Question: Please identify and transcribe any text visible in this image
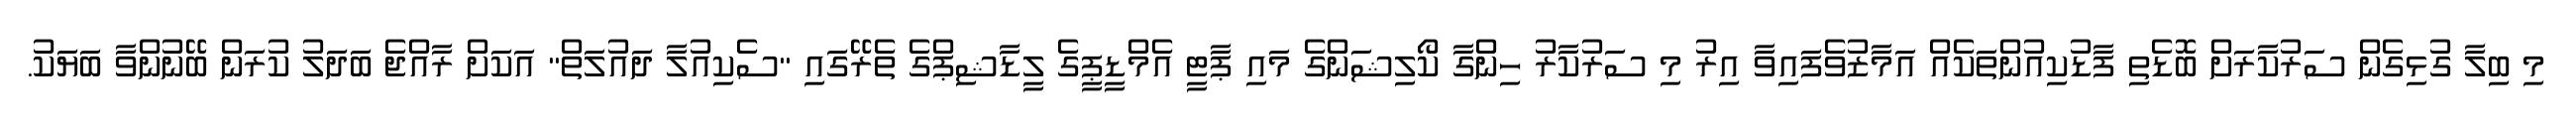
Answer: މި ބިލާ ގުޅިގެން ސަރުކާރަށް ބޮޑެތި ފާޑުކިއުންތަކެއް އަމާޒުވެފައިވާ އިރު މި ސަރުކާރު ހިންގާ ކޯލިޝަންގެ މައި ޕާޓީ އެމްޑީޕީގެ ލީޑާޝިޕްގެ ތެރޭގައި "ސެކިއުލާ ދައުލަތް" އަކަށް ރާއްޖެ ބަދަލު ކުރަން ބޭނުންވާ ބަޔަކު.